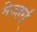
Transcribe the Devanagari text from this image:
मेज्हर्स